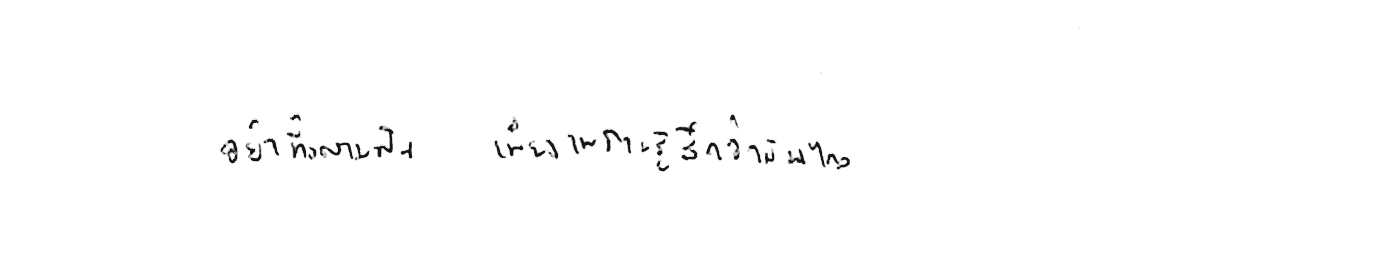
อย่าทิ้งความฝัน เพียงเพราะรู้สึกว่ามันไกล